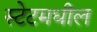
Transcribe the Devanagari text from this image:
स्टेटमधील